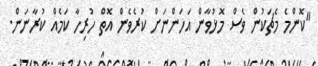
"ކޮންމެ މެޗަކުން ވެސް މޮޅުވާން އަހަންނަށް ކުރެވެން އޮތް ހުރިހާ ކަމެއް ކުރާނަން.